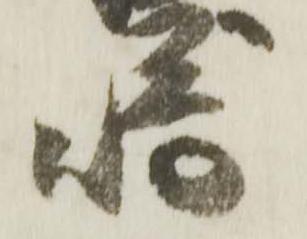
崎